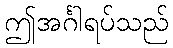
ဤအင်္ဂါရပ်သည်